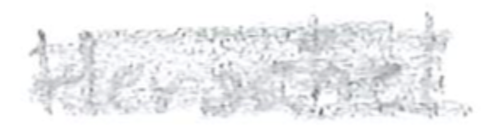
Text: Herschel
Cross-out: scratch
Writing tool: pencil